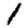
Digit: 1